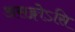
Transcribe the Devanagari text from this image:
असङ्गोऽसि